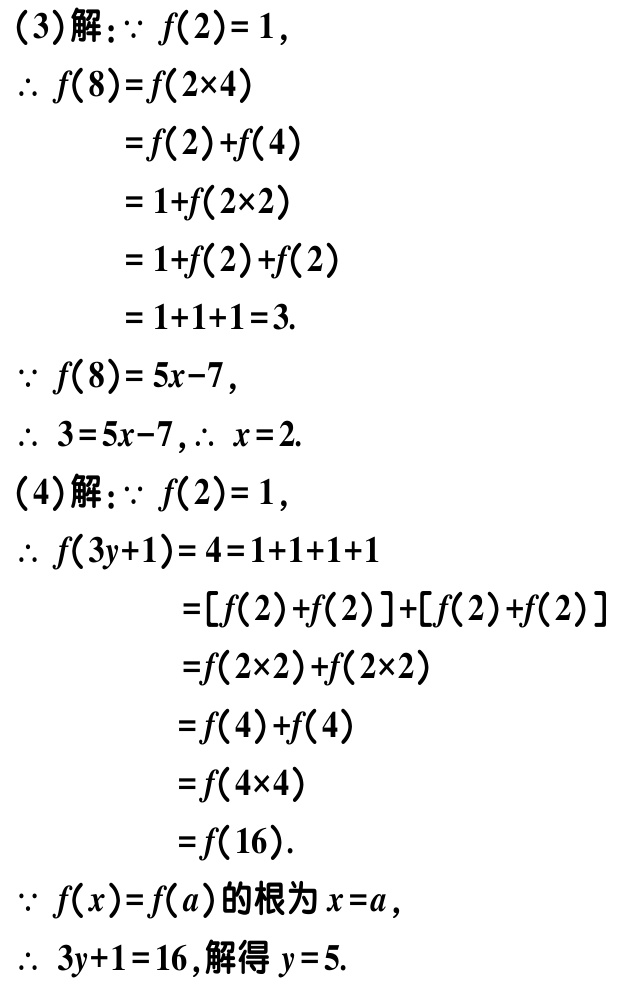
(3)解：$\because f(2)=1,$
$\therefore f(8)=f(2\times4)$
$=f(2)+f(4)$
$=1 + f(2\times2)$
$=1 + f(2)+f(2)$
$=1 + 1+1 = 3.$
$\because f(8)=5x - 7,$
$\therefore 3=5x - 7,\therefore x = 2.$
(4)解：$\because f(2)=1,$
$\therefore f(3y + 1)=4=1 + 1+1+1$
$=[f(2)+f(2)]+[f(2)+f(2)]$
$=f(2\times2)+f(2\times2)$
$=f(4)+f(4)$
$=f(4\times4)$
$=f(16).$
$\because f(x)=f(a)$的根为$x = a,$
$\therefore 3y + 1=16$,解得$y = 5.$